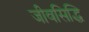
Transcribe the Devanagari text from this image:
जीवसिद्धि